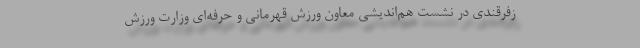
زفرقندی در نشست هم‌اندیشی معاون ورزش قهرمانی و حرفه‌ای وزارت ورزش